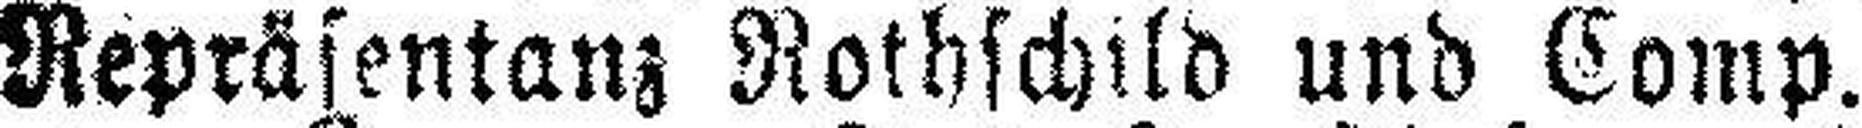
Repräsentanz Rothschild und Comp.